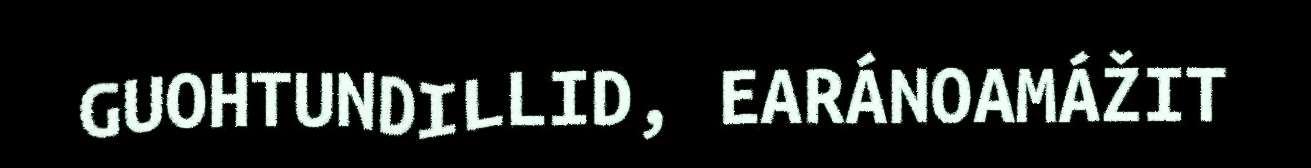
GUOHTUNDILLID, EARÁNOAMÁŽIT